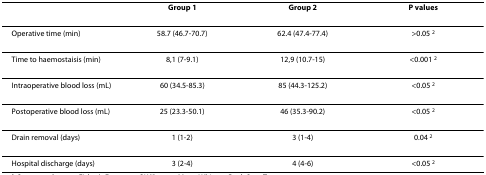
<table><thead><tr><td></td><td><b>Group 1</b></td><td><b>Group 2</b></td><td><b>P values</b></td></tr></thead><tbody><tr><td>Operative time (min)</td><td>58.7 (46.7-70.7)</td><td>62.4 (47.4-77.4)</td><td>&gt;0.05 <sup>2</sup></td></tr><tr><td>Time to haemostaisis (min)</td><td>8,1 (7-9.1)</td><td>12,9 (10.7-15)</td><td>&lt;0.001 <sup>2</sup></td></tr><tr><td>Intraoperative blood loss (mL)</td><td>60 (34.5-85.3)</td><td>85 (44.3-125.2)</td><td>&lt;0.05 <sup>2</sup></td></tr><tr><td>Postoperative blood loss (mL)</td><td>25 (23.3-50.1)</td><td>46 (35.3-90.2)</td><td>&lt;0.05 <sup>2</sup></td></tr><tr><td>Drain removal (days)</td><td>1 (1-2)</td><td>3 (1-4)</td><td>0.04 <sup>2</sup></td></tr><tr><td>Hospital discharge (days)</td><td>3 (2-4)</td><td>4 (4-6)</td><td>&lt;0.05 <sup>2</sup></td></tr></tbody></table>